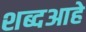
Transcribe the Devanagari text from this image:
शब्दआहे